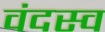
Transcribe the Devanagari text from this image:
वंदस्व